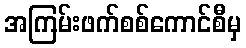
အကြမ်းဖက်စစ်ကောင်စီမှ